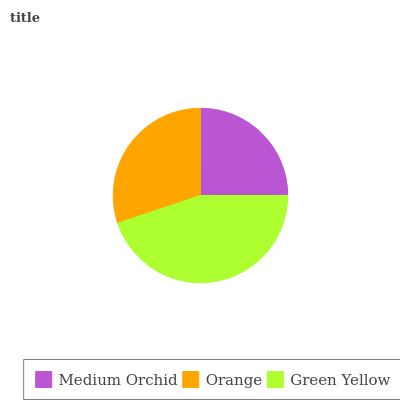
| Medium Orchid | Orange | Green Yellow |
 | --- | --- | --- |
 | 25% | 30.1% | 44.9% |